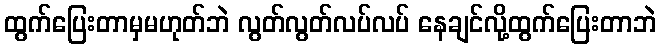
ထွက်ပြေးတာမှမဟုတ်ဘဲ လွတ်လွတ်လပ်လပ် နေချင်လို့ထွက်ပြေးတာဘဲ